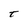
Character: t